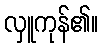
လှူကုန်၏။